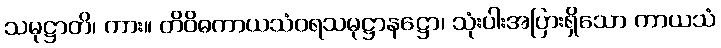
သမုဋ္ဌာတိ၊ ကား။ တိဝိဓကာယသံဝရသမုဋ္ဌာနဋ္ဌော၊ သုံးပါးအပြားရှိသော ကာယသံ